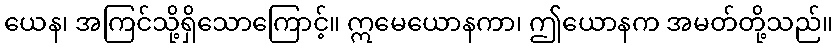
ယေန၊ အကြင်သို့ရှိသောကြောင့်။ ဣမေယောနကာ၊ ဤယောနက အမတ်တို့သည်။